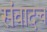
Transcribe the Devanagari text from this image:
संवादच